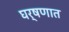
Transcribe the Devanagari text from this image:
घर्षणात